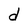
Character: d